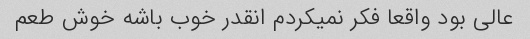
عالی بود واقعا فکر نمیکردم انقدر خوب باشه خوش طعم